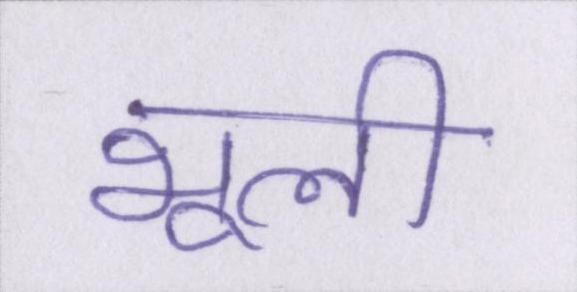
भूली